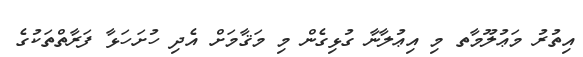
އިތުރު މަޢުލޫމާތ މި އިޢުލާނާ ގުޅިގެން މި މަޤާމަށް އެދި ހުށަހަޅާ ފަރާތްތަކުގެ